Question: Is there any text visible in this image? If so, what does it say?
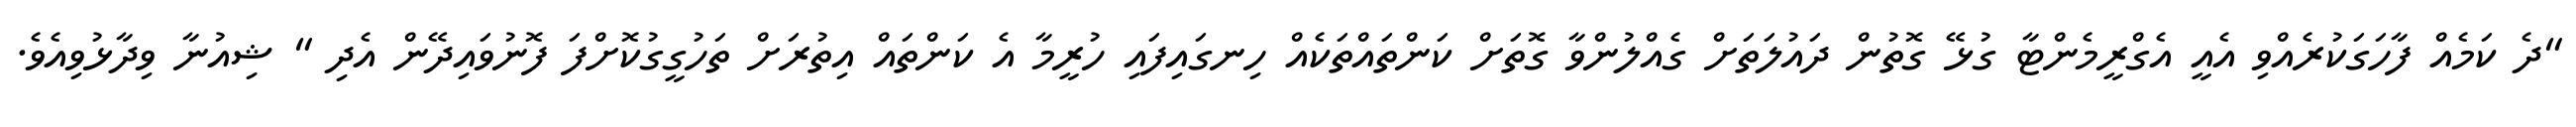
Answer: "ދެ ކަމެއް ފާހަގަކުރެއްވި އެއީ އެގްރީމެންޓާ ގުޅޭ ގޮތުން ދައުލަތަށް ގެއްލުންވާ ގޮތަށް ކަންތައްތަކެއް ހިނގައިފައި ހުރީމާ އެ ކަންތައް އިތުރަށް ތަހުގީގުކޮށްފަ ފޮނުވައިދޭން އެދި " ޝިއުނާ ވިދާޅުވިއެވެ.